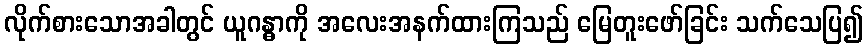
လိုက်စားသောအခါတွင် ယူဂန္ဓာကို အလေးအနက်ထားကြသည် မြေတူးဖော်ခြင်း သက်သေပြ၍